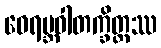
ဝေရမ္ဘဝါတက္ခိတ္တဿ